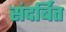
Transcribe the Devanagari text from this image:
संदर्बित